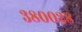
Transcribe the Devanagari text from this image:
३८००२८